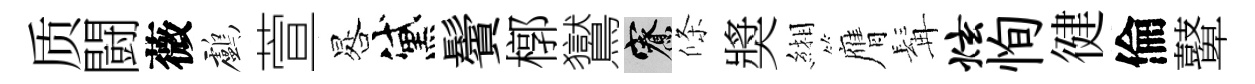
质闘薇鸕萱晷黛鬢槨鸑寮條奬緗膺髯炫恂徤倫鼙